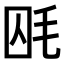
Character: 𣭃